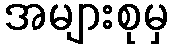
အများစုမှ